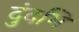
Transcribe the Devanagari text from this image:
दुंदभि